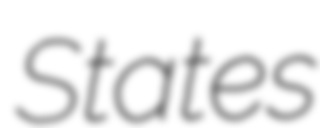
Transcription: States